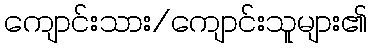
ကျောင်းသား/ကျောင်းသူများ၏